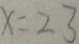
x = 2 3